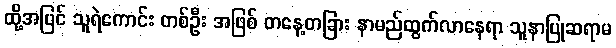
ထို့အပြင် သူရဲကောင်း တစ်ဦး အဖြစ် တနေ့တခြား နာမည်ထွက်လာနေရာ သူနာပြုဆရာမ